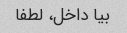
بیا داخل، لطفا